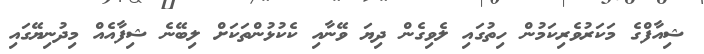
ޝިއާފްގެ މަކަރުވެރިކަމުން ހިތުގައި ލެވިގެން ދިޔަ ވޭނާއި ކެކުޅުންތަކަށް ލިބޭނެ ޝިފާއެއް މިދުނިޔޭގައި